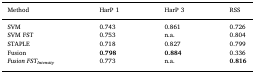
| Method | HarP 1 | HarP 3 | RSS |
 | --- | --- | --- | --- |
 | SVM | 0.743 | 0.861 | 0.726 |
 | SVM FST | 0.753 | n.a. | 0.804 |
 | STAPLE | 0.718 | 0.827 | 0.799 |
 | Fusion | 0.798 | 0.884 | 0.336 |
 | FusionFSTIntensity | 0.773 | n.a. | 0.816 |